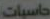
حاسبات